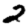
Digit: 2